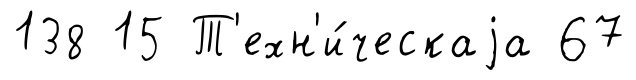
138 15 Т'ехн'и́ческаjа 67